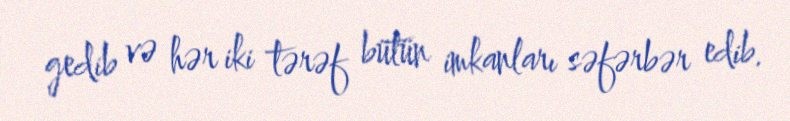
gedib və hər iki tərəf bütün imkanları səfərbər edib.